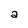
Character: a